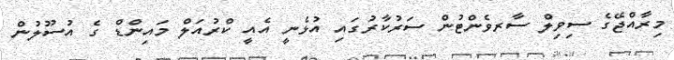
މިރާއްޖޭގެ ސިވިލް ސާރވެންޓުން ސަރުކާރުގައި އުޅެނީ އެއީ ކްރުއަލް މައިންޑް ގެ އުސޫލުން